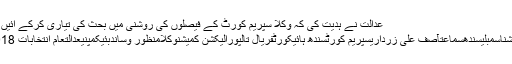
عدالت نے ہدیت کی کہ وکلا سپریم کورٹ کے فیصلوں کی روشنی میں بحث کی تیاری کرکے آئیں ،#
الیکشناسمبلیسندھسماعتآصف علی زرداریسپریم کورٹسندھ ہائیکورٹفریال تالپورالیکشن کمیشنوکلامنظور وساندبئیکمپنیعدالتعام انتخابات 2018